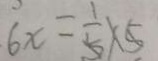
6 x = \frac { 1 } { 5 } \times 5